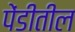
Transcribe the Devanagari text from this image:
पेंडीतील